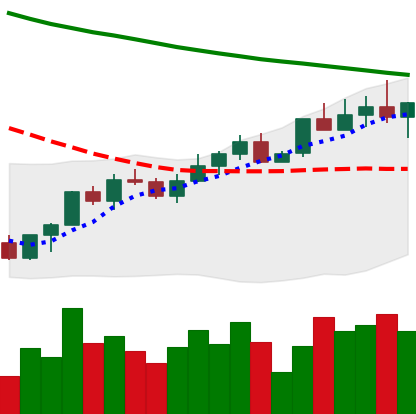
Ticker: LINK-USD
Chart end date: 2022-04-01
Forward return: -10.886%
Label: down_7plus